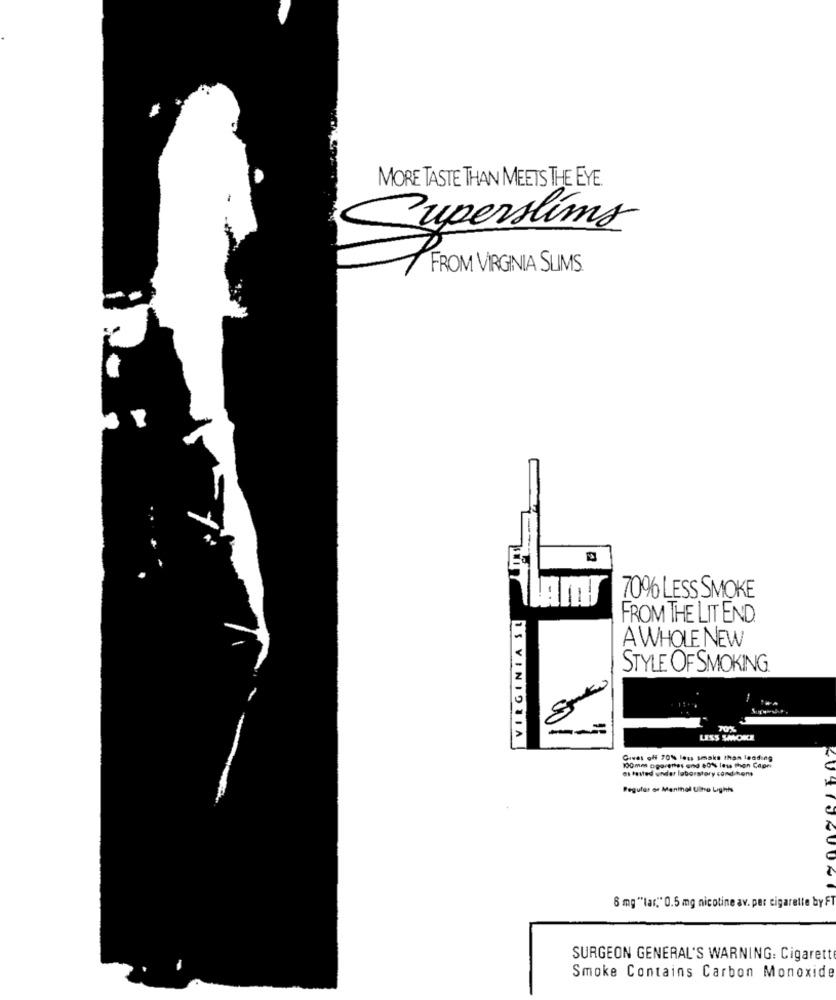
MORE TASTE THAN MEETS THE EYE.
Superslims
FROM VIRGINIA SLIMS.
70% LESS SMOKE
FROM THE LIT END.
A WHOLE NEW
STYLE OF SMOKING.
70%
IS VINIONIA
LESS SMOKE
Gives off 70% less smaks than leading
100mm aggrenes and 80% less then Cape
es tasted under laboratory cand kens
Regular or Menthol Ultro Lights
8 mg ""lar." 0.5 mg nicotine av. per cigarette by F
SURGEON GENERAL'S WARNING: Cigarette
Smoke Contains Carbon Monoxide